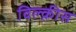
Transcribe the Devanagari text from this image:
विल्क़ीस